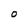
Character: O